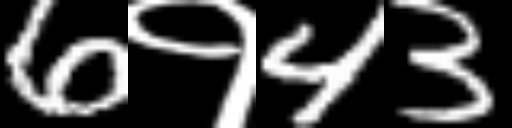
Text: 6१43